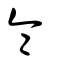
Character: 侖